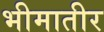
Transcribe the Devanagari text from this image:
भीमातीर